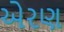
એરણ